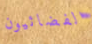
الفضائيون